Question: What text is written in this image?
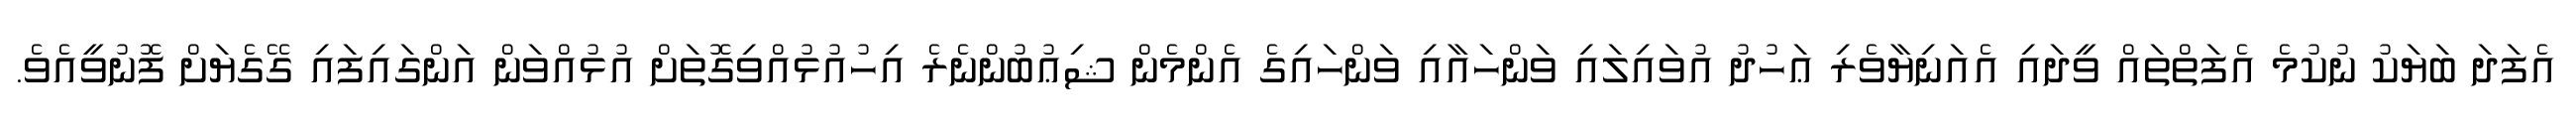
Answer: އެފަދަ ބަޔަކު ނުކުމެ އެފަތްތައް ވީދައި އެއަނިޔާވެރި ޢަހުދު އުވައިލައި ވަންހައާއި ވަންހައިގެ އެންމެން ޝިޢުބުންނެރެ އިހުއުޅުއްވިގޮތަށް އުޅުއްވަން އަންގައިފައި ގޭގެޔަށް ފޮނުވީއެވެ.